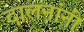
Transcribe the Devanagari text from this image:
दालनांनी